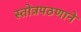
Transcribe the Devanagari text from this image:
स्तोत्रपठणाने